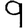
Digit: 9